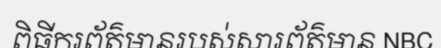
ពិធីករព័ត៌មានរបស់សារព័ត៌មាន NBC